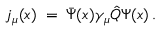
j _ { \mu } ( x ) \; = \; \bar { \Psi } ( x ) \gamma _ { \mu } \hat { Q } \Psi ( x ) \, .